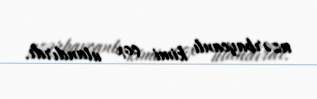
azərbaycanlı kimi çox utandırdı.